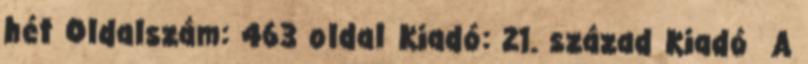
hét Oldalszám: 463 oldal Kiadó: 21. század Kiadó A